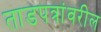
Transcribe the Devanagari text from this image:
ताडपत्रांवरील